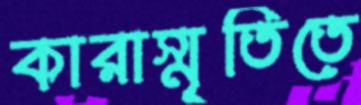
কারাস্মৃতিতে